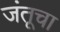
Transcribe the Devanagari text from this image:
जंतूचा